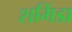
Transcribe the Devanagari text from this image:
शमिंडा